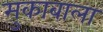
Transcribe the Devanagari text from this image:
मुकाबाला